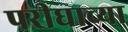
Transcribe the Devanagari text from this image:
परीघाच्या